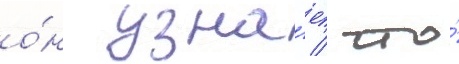
о́н узна́ет / что́